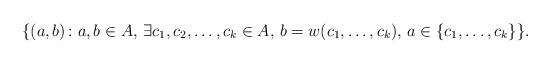
LaTeX: \begin{align*} \{(a,b)\colon a,b\in A,\,\exists c_1,c_2,\dots,c_k\in A,\, b=w(c_1,\dots,c_k),\,a\in\{c_1,\dots,c_k\}\}. \end{align*}